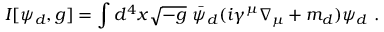
I [ \psi _ { d } , g ] = \int d ^ { 4 } x \sqrt { - g } ~ \bar { \psi } _ { d } ( i \gamma ^ { \mu } \nabla _ { \mu } + m _ { d } ) \psi _ { d } ~ .